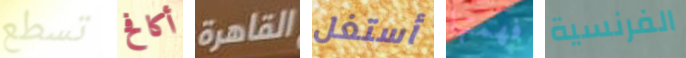
تسطع أكافح القاهرة أستغل فهمتها الفرنسية